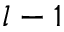
l - 1